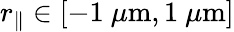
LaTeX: r_{\parallel}\in[-1\ \mu\mathrm{m},1\ \mu\mathrm{m}]